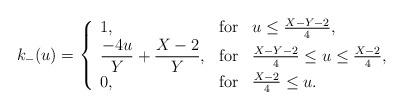
LaTeX: \begin{align*}k_{-}(u) = \left\{ \begin{array}{lcl}1, & \mbox{for} & u \leq \frac{X-Y -2}{4}, \\ \displaystyle \frac{-4u}{Y} + \frac{X-2}{Y}, & \mbox{for} & \frac{X-Y-2}{4} \leq u \leq \frac{X-2}{4},\\ 0, & \mbox{for} & \frac{X-2}{4} \leq u.\end{array} \right. \end{align*}